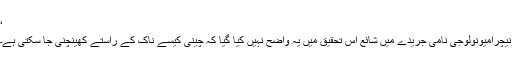
‘
نیچرامیونولوجی نامی جریدے میں شائع اس تحقیق میں یہ واضح نہیں کیا گیا کہ چینی کیسے ناک کے راستے کھینچنی جا سکتی ہے۔